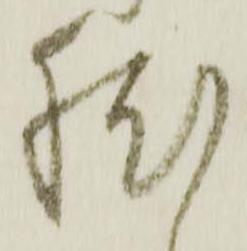
然